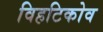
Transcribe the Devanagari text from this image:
विहटिकोव